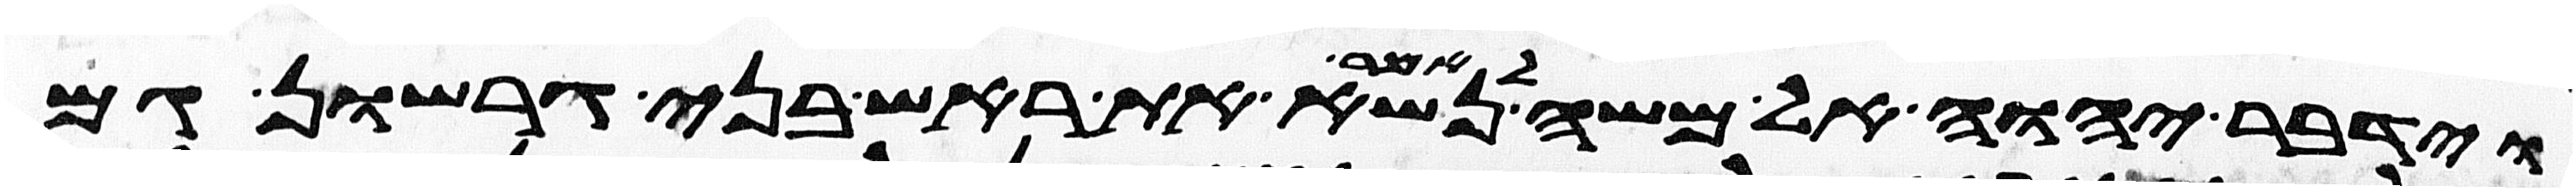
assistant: וידבר יהוה אל משה לאמר נשא את ראש בני גרשון גם